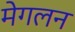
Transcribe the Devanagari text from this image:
मेगलन